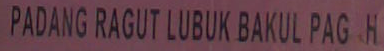
PADANG RAGUT LUBUK BAKUL PAG H